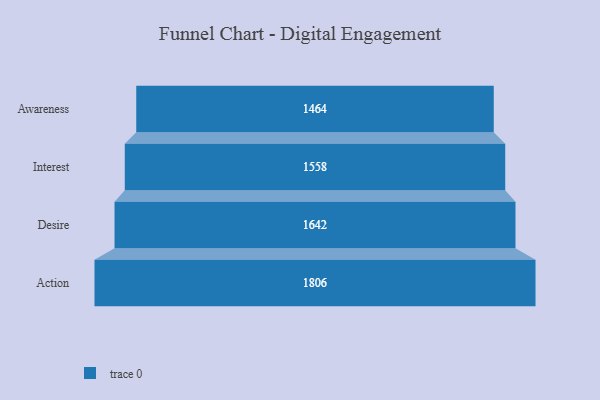
{"axis": {"x": "Stage", "y": "Value"}, "legend": [""], "data": [{"x": "Awareness", "y": 1464.0, "type": ""}, {"x": "Interest", "y": 1558.0, "type": ""}, {"x": "Desire", "y": 1642.0, "type": ""}, {"x": "Action", "y": 1806.0, "type": ""}]}